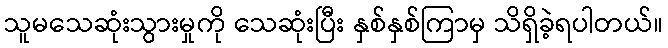
သူမသေဆုံးသွားမှုကို သေဆုံးပြီး နှစ်နှစ်ကြာမှ သိရှိခဲ့ရပါတယ်။